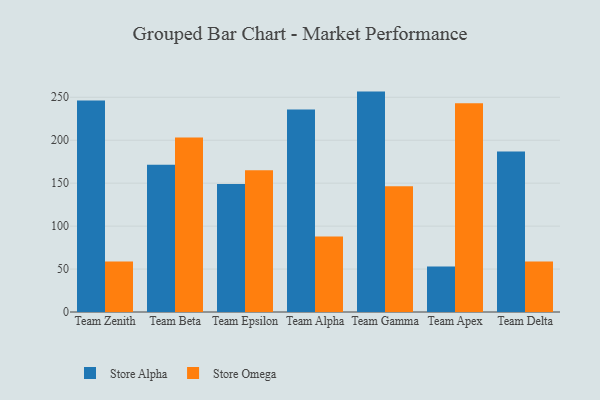
{"axis": {"x": "Team", "y": "Waste Production (Tons)"}, "legend": ["Store Alpha", "Store Omega"], "data": [{"x": "Team Zenith", "y": 246.2, "type": "Store Alpha"}, {"x": "Team Zenith", "y": 58.9, "type": "Store Omega"}, {"x": "Team Beta", "y": 171.3, "type": "Store Alpha"}, {"x": "Team Beta", "y": 203.3, "type": "Store Omega"}, {"x": "Team Epsilon", "y": 149.0, "type": "Store Alpha"}, {"x": "Team Epsilon", "y": 164.9, "type": "Store Omega"}, {"x": "Team Alpha", "y": 235.7, "type": "Store Alpha"}, {"x": "Team Alpha", "y": 88.0, "type": "Store Omega"}, {"x": "Team Gamma", "y": 256.6, "type": "Store Alpha"}, {"x": "Team Gamma", "y": 146.3, "type": "Store Omega"}, {"x": "Team Apex", "y": 53.0, "type": "Store Alpha"}, {"x": "Team Apex", "y": 242.9, "type": "Store Omega"}, {"x": "Team Delta", "y": 187.0, "type": "Store Alpha"}, {"x": "Team Delta", "y": 58.7, "type": "Store Omega"}]}